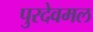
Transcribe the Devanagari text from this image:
पुरदेवमल